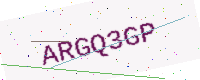
Text: ARGQ3GP